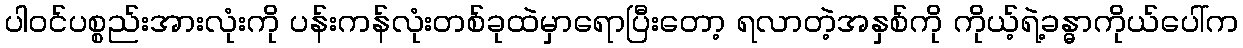
ပါဝင်ပစ္စည်းအားလုံးကို ပန်းကန်လုံးတစ်ခုထဲမှာရောပြီးတော့ ရလာတဲ့အနှစ်ကို ကိုယ့်ရဲ့ခန္ဓာကိုယ်ပေါ်က